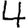
Digit: 4